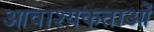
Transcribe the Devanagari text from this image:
आवाश्यकताओं